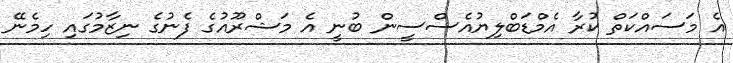
އެ މަސައްކަތް ކުރާ އެމްޑަބްލިޔުއެސްސީން ބުނީ އެ މަޝްރޫއުގެ ފެނުގެ ނިޒާމުގައި ހިމެނޭ